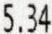
5.34